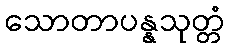
သောတာပန္နသုတ္တံ